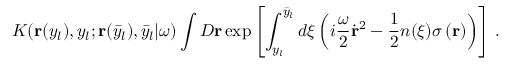
{ \cal K } ( { \bf r } ( y _ { l } ) , y _ { l } ; { \bf r } ( \bar { y } _ { l } ) , \bar { y } _ { l } | \omega ) \int { \cal D } { \bf r } \exp \left[ \int _ { y _ { l } } ^ { \bar { y } _ { l } } d \xi \left( i \frac { \omega } { 2 } \dot { \bf r } ^ { 2 } - \frac { 1 } { 2 } n ( \xi ) \sigma \left( { \bf r } \right) \right) \right] \, .